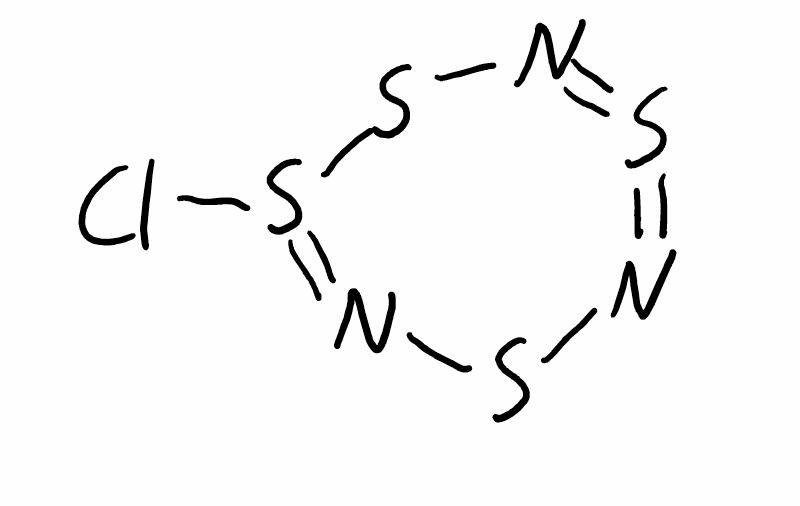
Simplified molecular-input line-entry system (SMILES) notation of the given molecule:
N1=S=NSS(=NS1)Cl